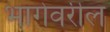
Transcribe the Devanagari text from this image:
भागेवरील